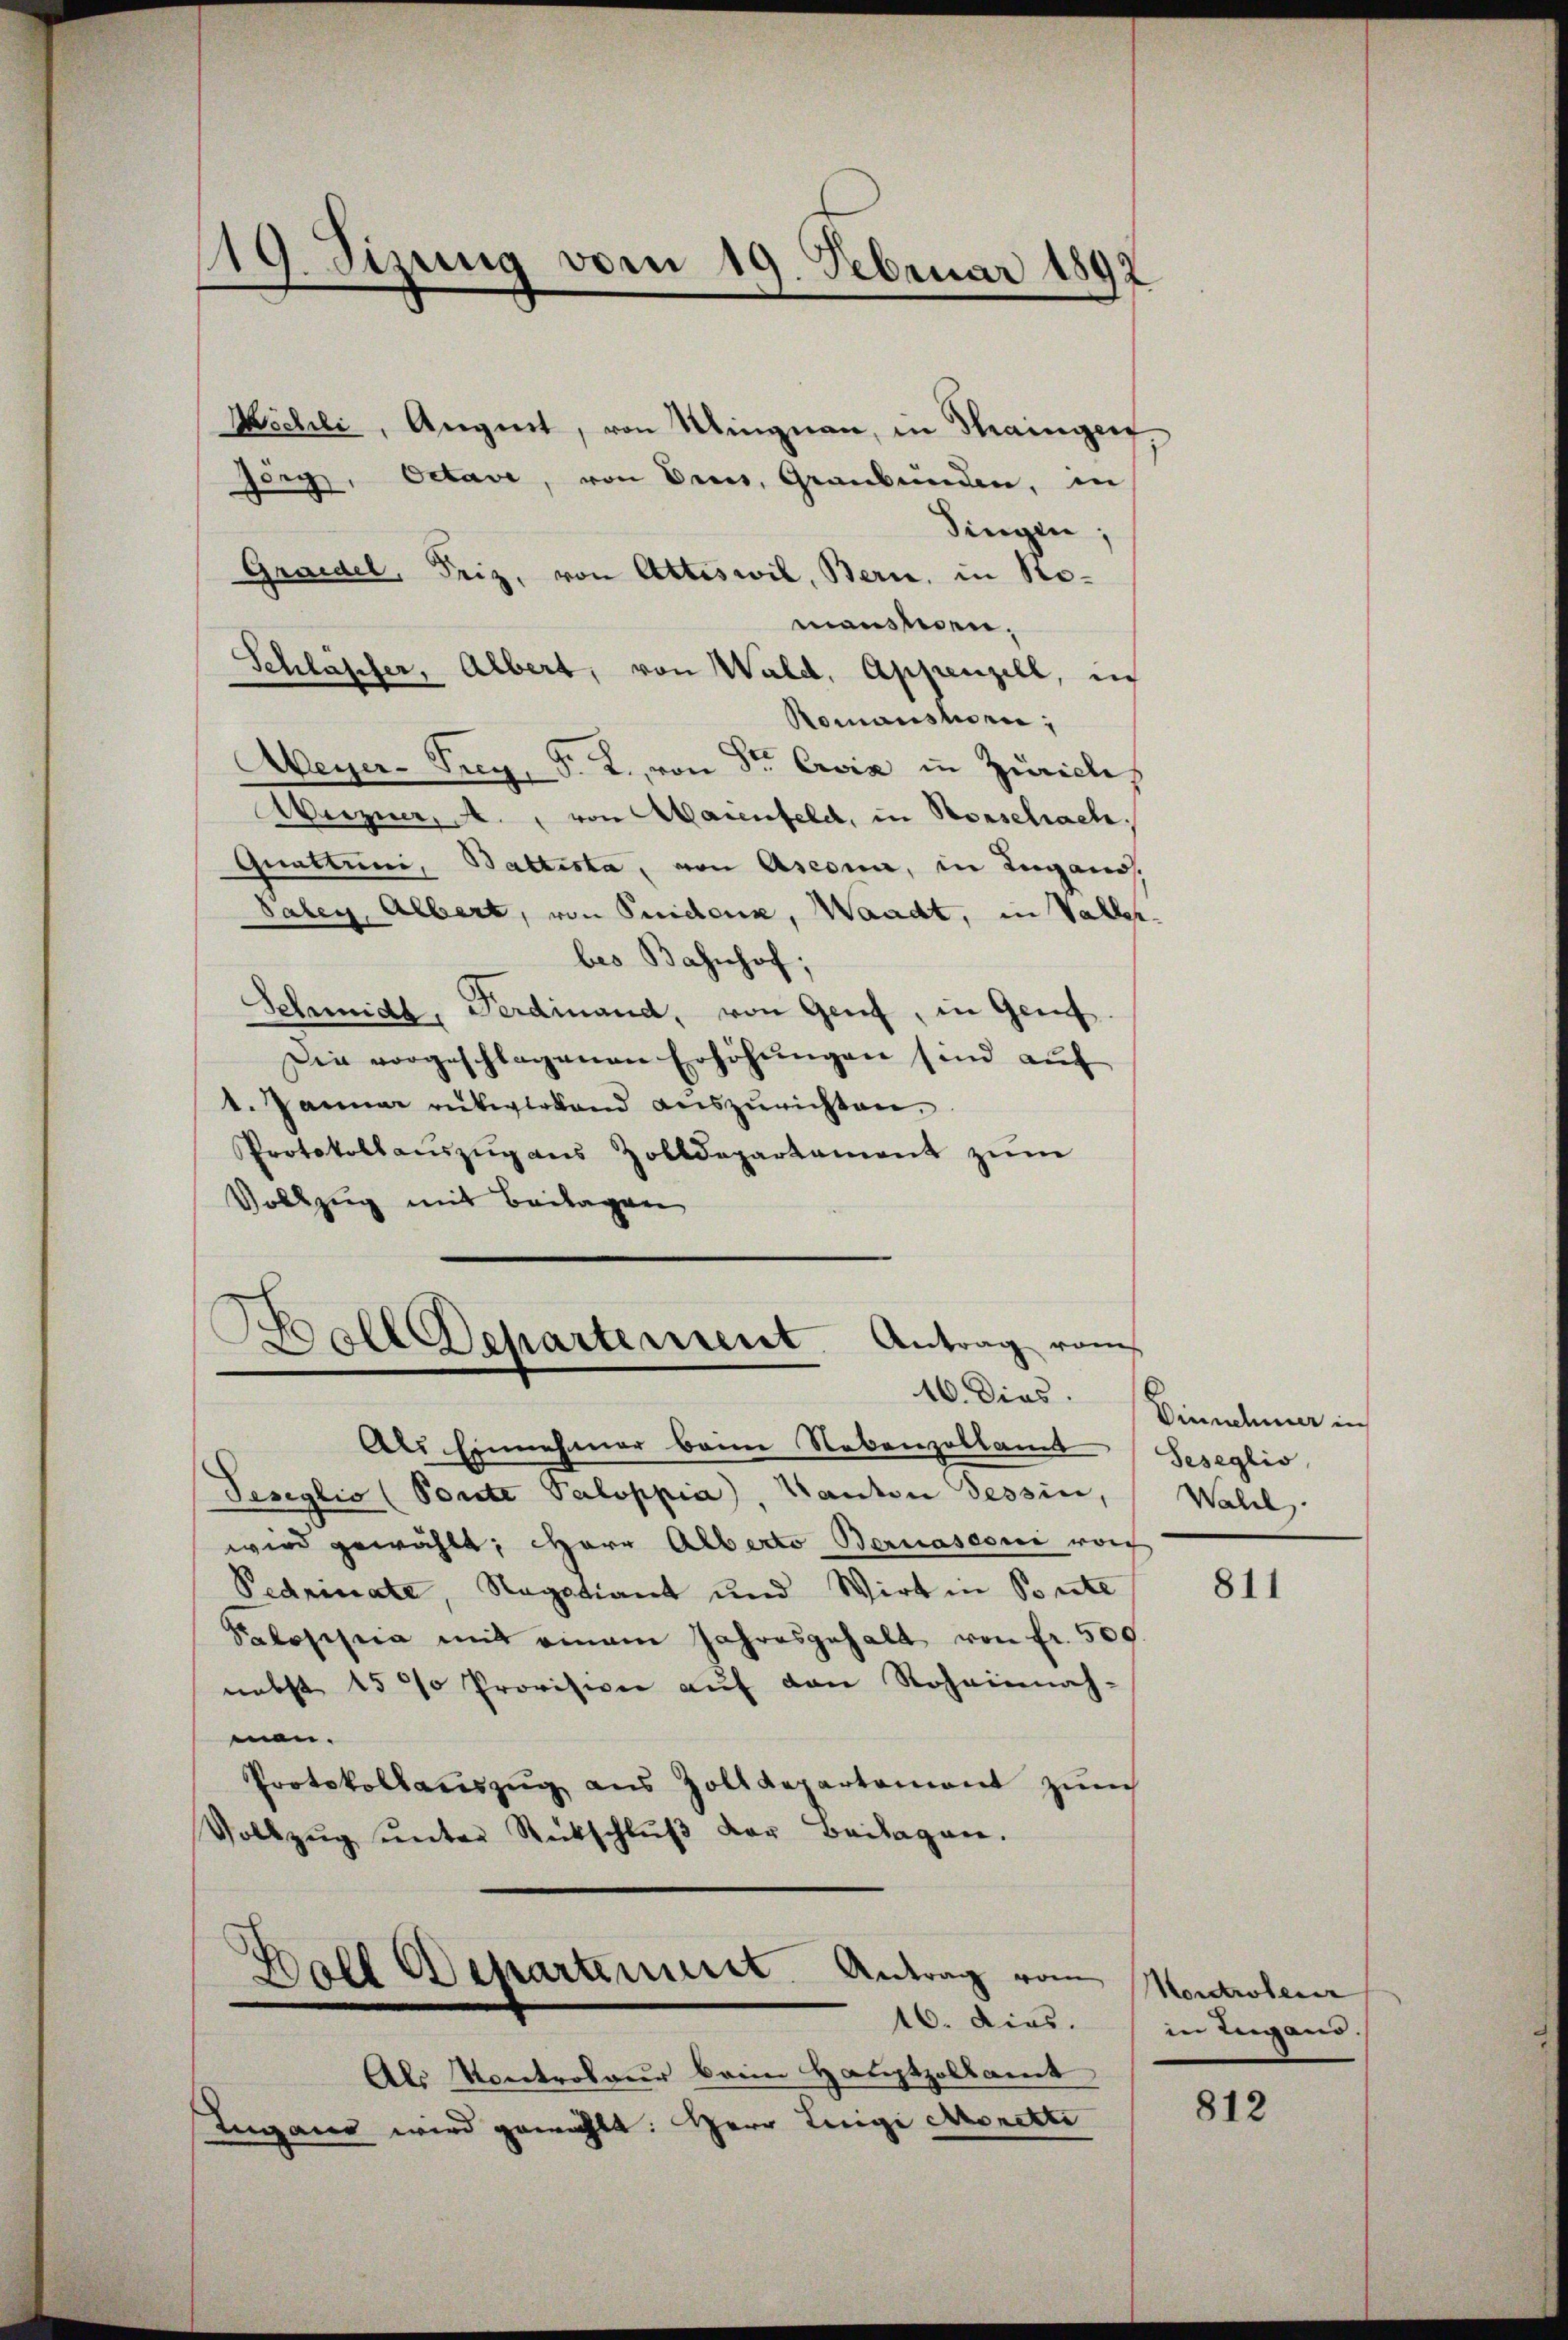
19. Sizung vom 19. Februar 1892

Jorg, Octave, von Decis, Graubünden, in
Graidel, Friz, von Attiswil, Bern, in Nomansten.
Schläpfer, Albert, von Wald, Appenzell, in
Romanshorn,
Weyer-Trey, P. R., von Sr. Ersiz in Zürichs
Weizer, A. von Maienfeld, in Vorschach,
Quattini, Battesta, von Asconi, in Lugano.
Saben, Albert, von Seiden, Waadt, in Valler
bes Bahnhof,
Schmidl, Ferdinand, von Genf, in Genf.
Die vorgeschlagenen Erhöhŭngen sind auf
t. Januar rükwirkend aŭszŭrichten.
Protokollaŭszŭg aŭs Zolldepartament zŭm
Vollzug mit Beilagen

Wichli, Angnet, von Wingnau, in Thaingen

.
.
s
Doll Departement. Antrag vom
16. Dies

Singen:

Als Einnehmer beim Nebenzollamt
Pesiglio (Ponte Paloppia), Kanton Tessin,
wird gewählt; Herr Alberto Bernasconi vor
Pedninate, Nagstiant und Wirt in Ponte
Selosisica mit einem Jahresgehalt von fr. 500.
nebst 15 % Provision auf den Roheinnah-
man.
Protokollauszug aus Zolldepartement zum
Vollzŭg ŭnter Rückschlŭβ der Beilagen.
Boll Departeniret. Antrag vom
16. dies.
Als Kontroleur beim Hauptzolkamt
Lugano wird gewählt: Herr Lingi Morette

Einnehmer in
Seseglio,
Walel.

811

Kontroleur
in Lugand.

812